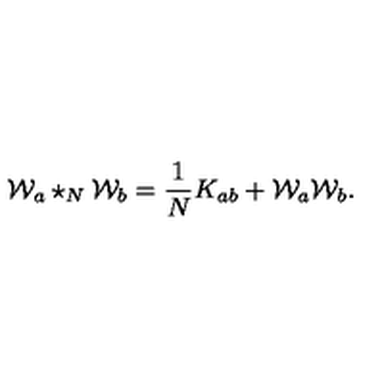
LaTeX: { \cal W } _ { a } \star _ { N } { \cal W } _ { b } = \frac { 1 } { N } K _ { a b } + { \cal W } _ { a } { \cal W } _ { b } .